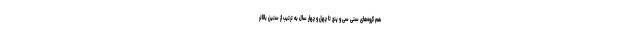
هم گروه‌های سنی سی و پنج تا چهل و چهار سال به ترتیب از سنین بالاتر